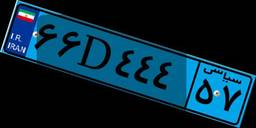
۶۶D۴۴۴۵۷